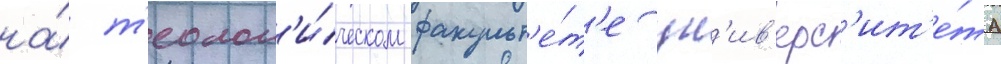
на́ т'еолог'и́ческом факульт'е́т'е ун'ив'ерс'ит'е́та